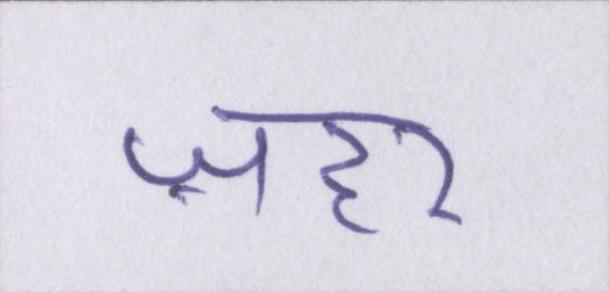
ज़हर